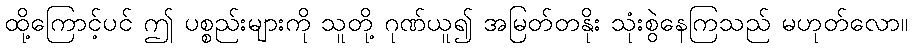
ထို့ကြောင့်ပင် ဤ ပစ္စည်းများကို သူတို့ ဂုဏ်ယူ၍ အမြတ်တနိုး သုံးစွဲနေကြသည် မဟုတ်လော။